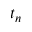
t _ { n }